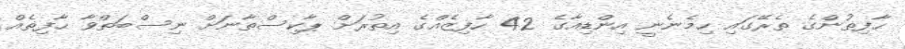
ޙާފިޡުންގެ ތެރޭގައި ހިމެނެނީ އިންޑިއާގެ 42 ހާފިޒެއްގެ އިތުރަށް ޕާކިސްތާނަށް ނިސްބަތްވާ ޙާފިޡެއް